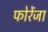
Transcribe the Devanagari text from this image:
फोरेंजा